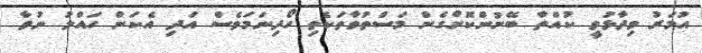
އުމަރު ވިދާޅުވީ ކުއްތާ ބޭނުންކޮށްގެން މަސްތުވާތަކެތި ހޯދިނަމަވެސް އަދި އެކަން ހައްލު ނުވާ